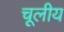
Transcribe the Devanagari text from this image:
चूलीय